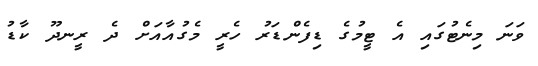
ވަނަ މިނެޓުގައި އެ ޓީމުގެ ޑިފެންޑަރު ހެރީ މެގުއާއަށް ދެ ރީނދޫ ކާޑު